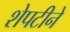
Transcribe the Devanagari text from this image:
शेपटीने